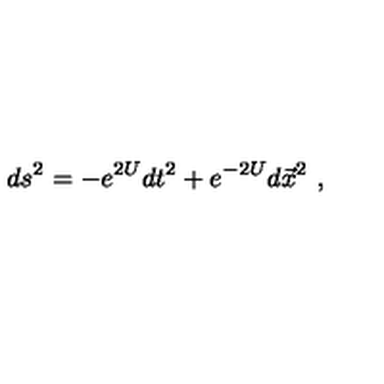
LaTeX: d s ^ { 2 } = - e ^ { 2 U } d t ^ { 2 } + e ^ { - 2 U } d \vec { x } ^ { 2 } \ ,